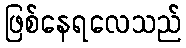
ဖြစ်နေရလေသည်